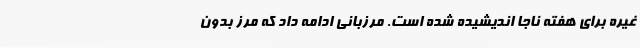
غیره برای هفته ناجا اندیشیده شده است. مرزبانی ادامه داد که مرز بدون